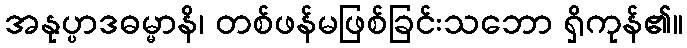
အနုပ္ပာဒဓမ္မာနိ၊ တစ်ဖန်မဖြစ်ခြင်းသဘော ရှိကုန်၏။